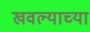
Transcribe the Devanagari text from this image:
खवल्याच्या